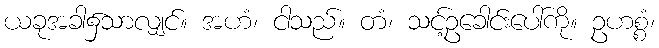
ယခုအခါ၌သာလျှင်။ အဟံ၊ ငါသည်။ တံ၊ သင့်ဥခေါင်းပေါ်ကို။ ဥဟစ္စံ၊